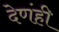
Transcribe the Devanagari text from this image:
देणंही